Report of the King Institute of Preventive Medicine, Guindy
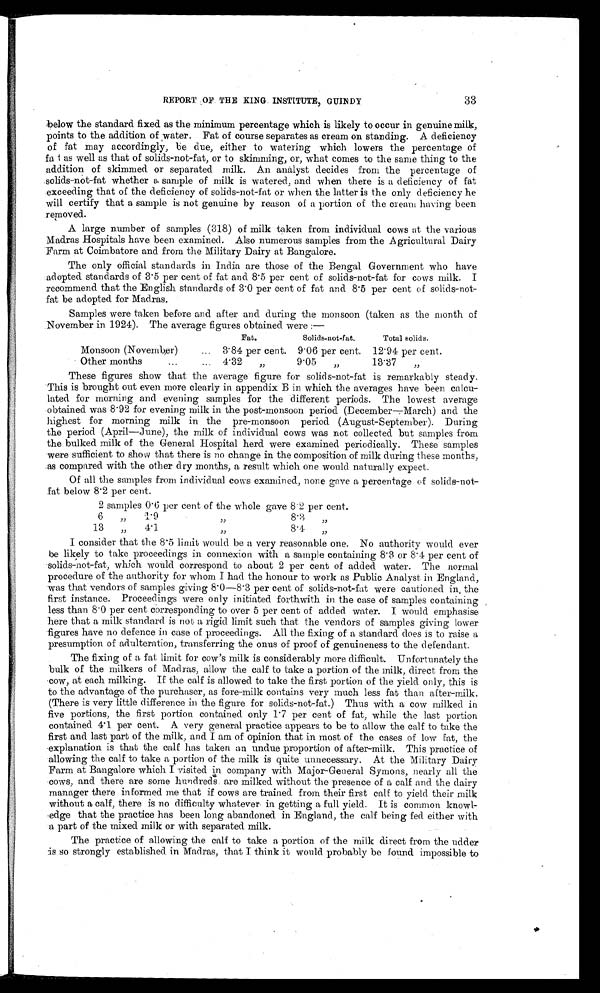
33
REPORT OF THE KING INSTITUTE, GUINDY
below the standard fixed as the minimum percentage which is likely to occur in genuine milk,
points to the addition of water. Fat of course separates as cream on standing. A deficiency
of fat may accordingly, be due, either to watering which lowers the percentage of
fat as well as that of solids-not-fat, or to skimming, or, what comes to the same thing to the
addition of skimmed or separated milk. An analyst decides from the percentage of
solids-not-fat whether a sample of milk is watered, and when there is a deficiency of fat
exceeding that of the deficiency of solids-not-fat or when the latter is the only deficiency he
will certify that a sample is not genuine by reason of a portion of the cream having been
removed.
A large number of samples (318) of milk taken from individual cows at the various
Madras Hospitals have been examined. Also numerous samples from the Agricultural Dairy
Farm at Coimbatore and from the Military Dairy at Bangalore.
The only official standards in India are those of the Bengal Government who have
adopted standards of 3.5 per cent of fat and 8.5 per cent of solids-not-fat for cows milk. I
recommend that the English standards of 3.0 per cent of fat and 8.5 per cent of solids-not
-
fat be adopted for Madras.
Samples were taken before and after and during the monsoon (taken as the month of
November in 1924). The average figures obtained were:—
Fat.
Solids-not-fat.
Total solids.
Monsoon (November) . . .
3.84 per cent. 9.06 per cent. 12.94 per cent.
Other months . . .
4.32 "
9.05 "
13.37 "
These figures show that the average figure for solids-not-fat is remarkably steady.
This is brought out even more clearly in appendix B in which the averages have been calcu
-
lated for morning and evening samples for the different periods. The lowest average
obtained was 8.92 for evening milk in the post-monsoon period (December—March) and the
highest for morning milk in the pre-monsoon period (August-September). During
the period (April—June), the milk of individual cows was not collected but samples from
the bulked milk of the General Hospital herd were examined periodically. These samples
were sufficient to show that there is no change in the composition of milk during these months,
as compared with the other dry months, a result which one would naturally expect.
Of all the samples from individual cows examined, none gave a percentage of solids-not
-
fat below 8.2 per cent.
2 samples 0.6 per cent of the whole gave 8.2 per cent.
6 "
1.9 "
8.3 "
13 "
4.1 "
8.4 "
I consider that the 8.5 limit would be a very reasonable one. No authority would ever
be likely to take proceedings in connexion with a sample containing 8.3 or 8.4 per cent of
solids-not-fat, which would correspond to about 2 per cent of added water. The normal
procedure of the authority for whom I had the honour to work as Public Analyst in England,
was that vendors of samples giving 8.0—8.3 per cent of solids-not-fat were cautioned in the
first instance. Proceedings were only initiated forthwith in the case of samples containing
less than 8.0 per cent corresponding to over 5 per cent of added water. I would emphasise
here that a milk standard is not a rigid limit such that the vendors of samples giving lower
figures have no defence in case of proceedings. All the fixing of a standard does is to raise a
presumption of adulteration, transferring the onus of proof of genuineness to the defendant.
The fixing of a fat limit for cow's milk is considerably more difficult. Unfortunately the
bulk of the milkers of Madras, allow the calf to take a portion of the milk, direct from the
cow, at each milking. If the calf is allowed to take the first portion of the yield only, this is
to the advantage of the purchaser, as fore-milk contains very much less fat than after-milk.
(There is very little difference in the figure for solids-not-fat.) Thus with a cow milked in
five portions, the first portion contained only 1.7 per cent of fat, while the last portion
contained 4.1 per cent. A very general practice appears to be to allow the calf to take the
first and last part of the milk, and I am of opinion that in most of the cases of low fat, the
explanation is that the calf has taken an undue proportion of after-milk. This practice of
allowing the calf to take a portion of the milk is quite unnecessary. At the Military Dairy
Farm at Bangalore which I visited in company with Major-General Symons, nearly all the
cows, and there are some hundreds are milked without the presence of a calf and the dairy
manager there informed me that if cows are trained from their first calf to yield their milk
without a calf, there is no difficulty whatever in getting a full yield. It is common knowl
-
edge that the practice has been long abandoned in England, the calf being fed either with
a part of the mixed milk or with separated milk.
The practice of allowing the calf to take a portion of the milk direct from the udder
is so strongly established in Madras, that I think it would probably be found impossible to